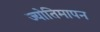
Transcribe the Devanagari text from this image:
ज्योतिमापन